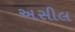
અસીલ